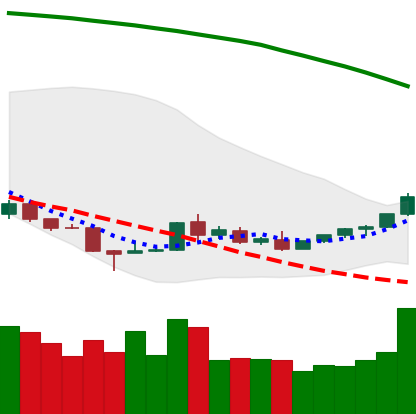
Ticker: TRX-USD
Chart end date: 2018-08-28
Forward return: -4.749%
Label: down_3_5